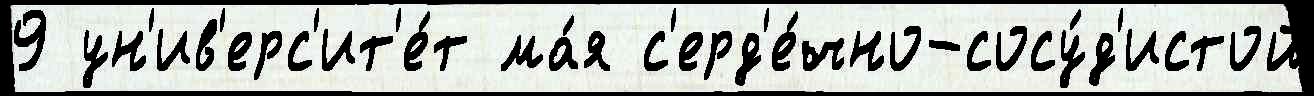
9 ун'ив'ерс'ит'е́т ма́я с'ерд'е́чно-сосу́д'истой